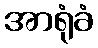
အာရုံခံ